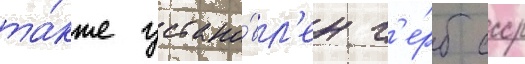
та́кже устано́вл'ен г'е́рб ссср